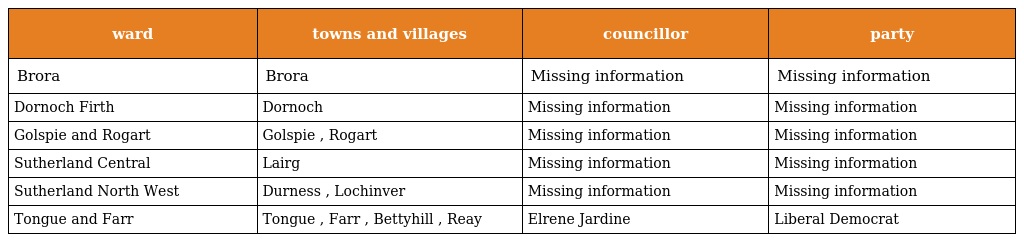
| ward | towns and villages | councillor | party |
 | --- | --- | --- | --- |
 | Brora | Brora | Missing information | Missing information |
 | Dornoch Firth | Dornoch | Missing information | Missing information |
 | Golspie and Rogart | Golspie , Rogart | Missing information | Missing information |
 | Sutherland Central | Lairg | Missing information | Missing information |
 | Sutherland North West | Durness , Lochinver | Missing information | Missing information |
 | Tongue and Farr | Tongue , Farr , Bettyhill , Reay | Elrene Jardine | Liberal Democrat |